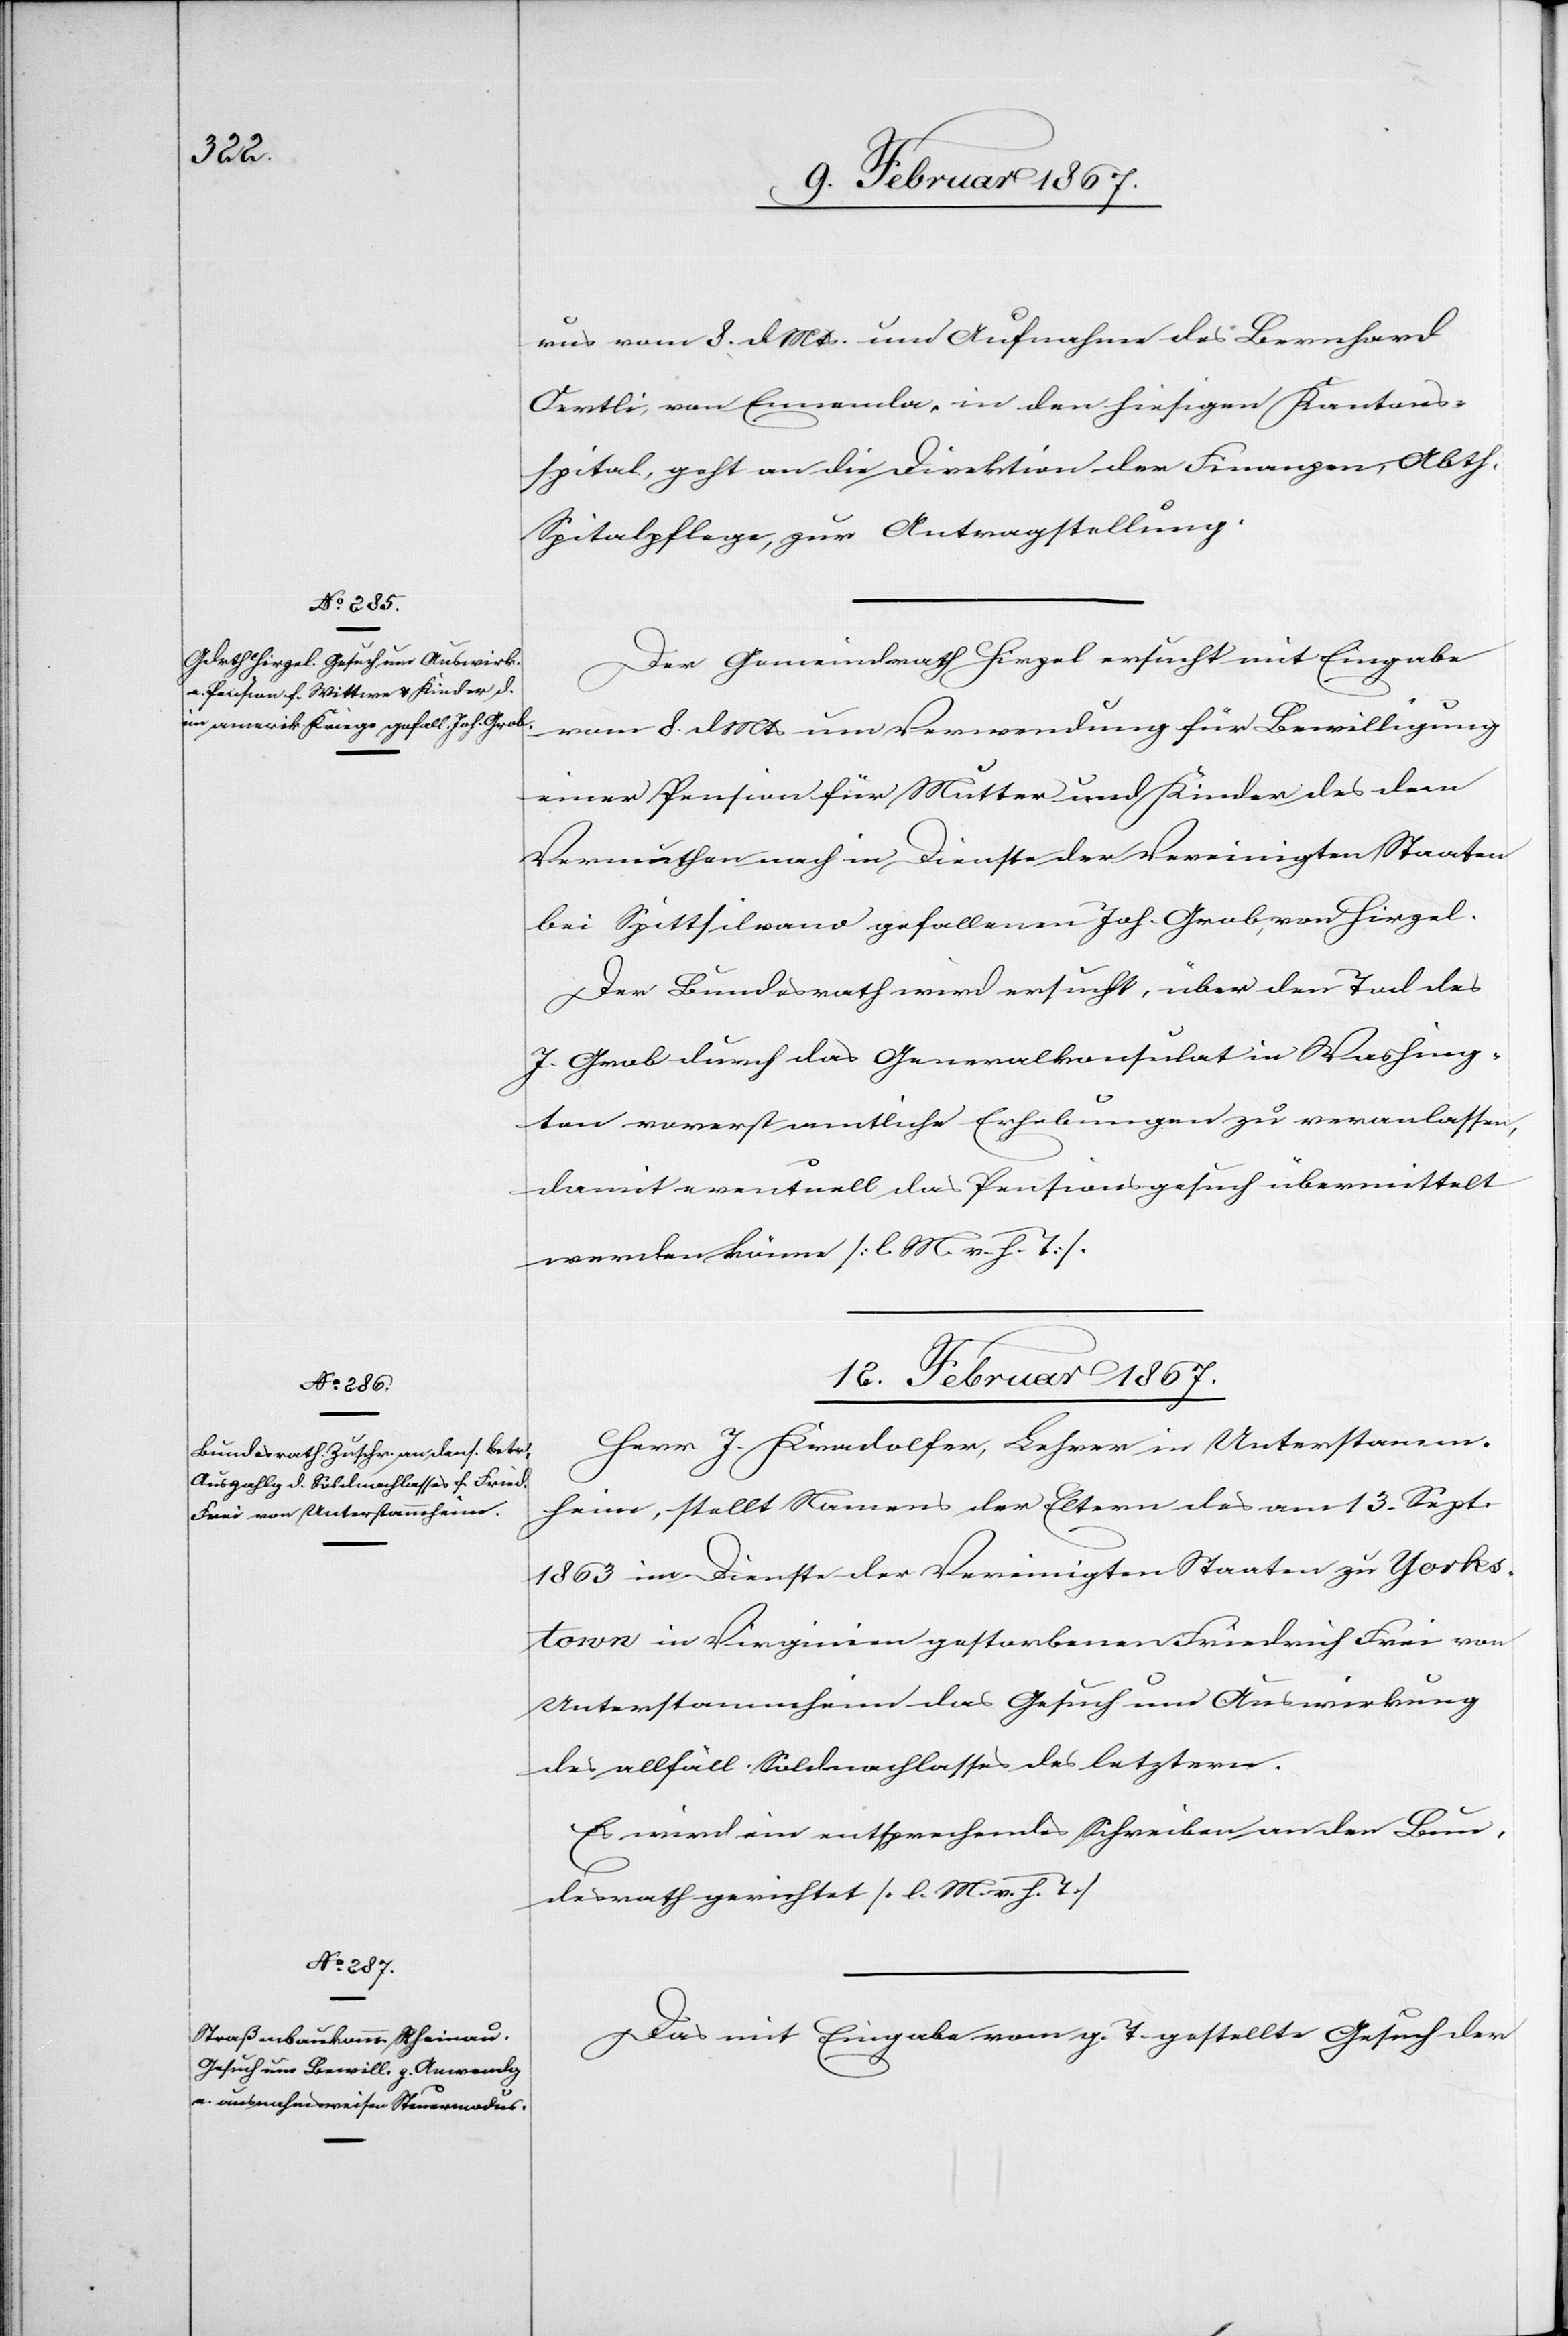
rus vom 8. d. Mts. um Aufnahme des Bernhard
Oertli, von Ennenda, in den hiesigen Kantons¬
spital, geht an die Direktion der Finanzen, Abth.
Spitalpflege, zur Antragstellung.
Der Gemeindrath Hirzel ersucht mit Eingabe
vom 8. d Mts um Verwendung für Bewilligung
einer Pension für Mutter und Kinder des dem
Vermuthen nach in Dienste der Vereinigten Staaten
bei Spittsilvano [sic!] gefallenen Joh. Grob von Hirzel.
Der Bundesrath wird ersucht, über den Tod des
J. Grob durch das Generalkonsulat in Washing¬
ton vorerst amtliche Erhebungen zu veranlassen,
damit eventuell das Pensionsgesuch übermittelt
werden könne [l M. v. h. T][.]
12. Februar 1867.]
Herr J. Kradolfer, Lehrer in Unterstamm¬
heim, stellt Namens der Eltern des am 13. Sept.
1863 im Dienste der Vereinigten Staaten zu Yorks¬
town in Virginien gestorbenen Friedrich Frei von
Unterstammheim das Gesuch um Auswirkung
des allfäll. Soldnachlasses des letztern.
Es wird ein entsprechendes Schreiben an den Bun¬
desrath gerichtet [l. M. v. h. T][.]
Das mit Eingabe vom g. T. gestellte Gesuch der